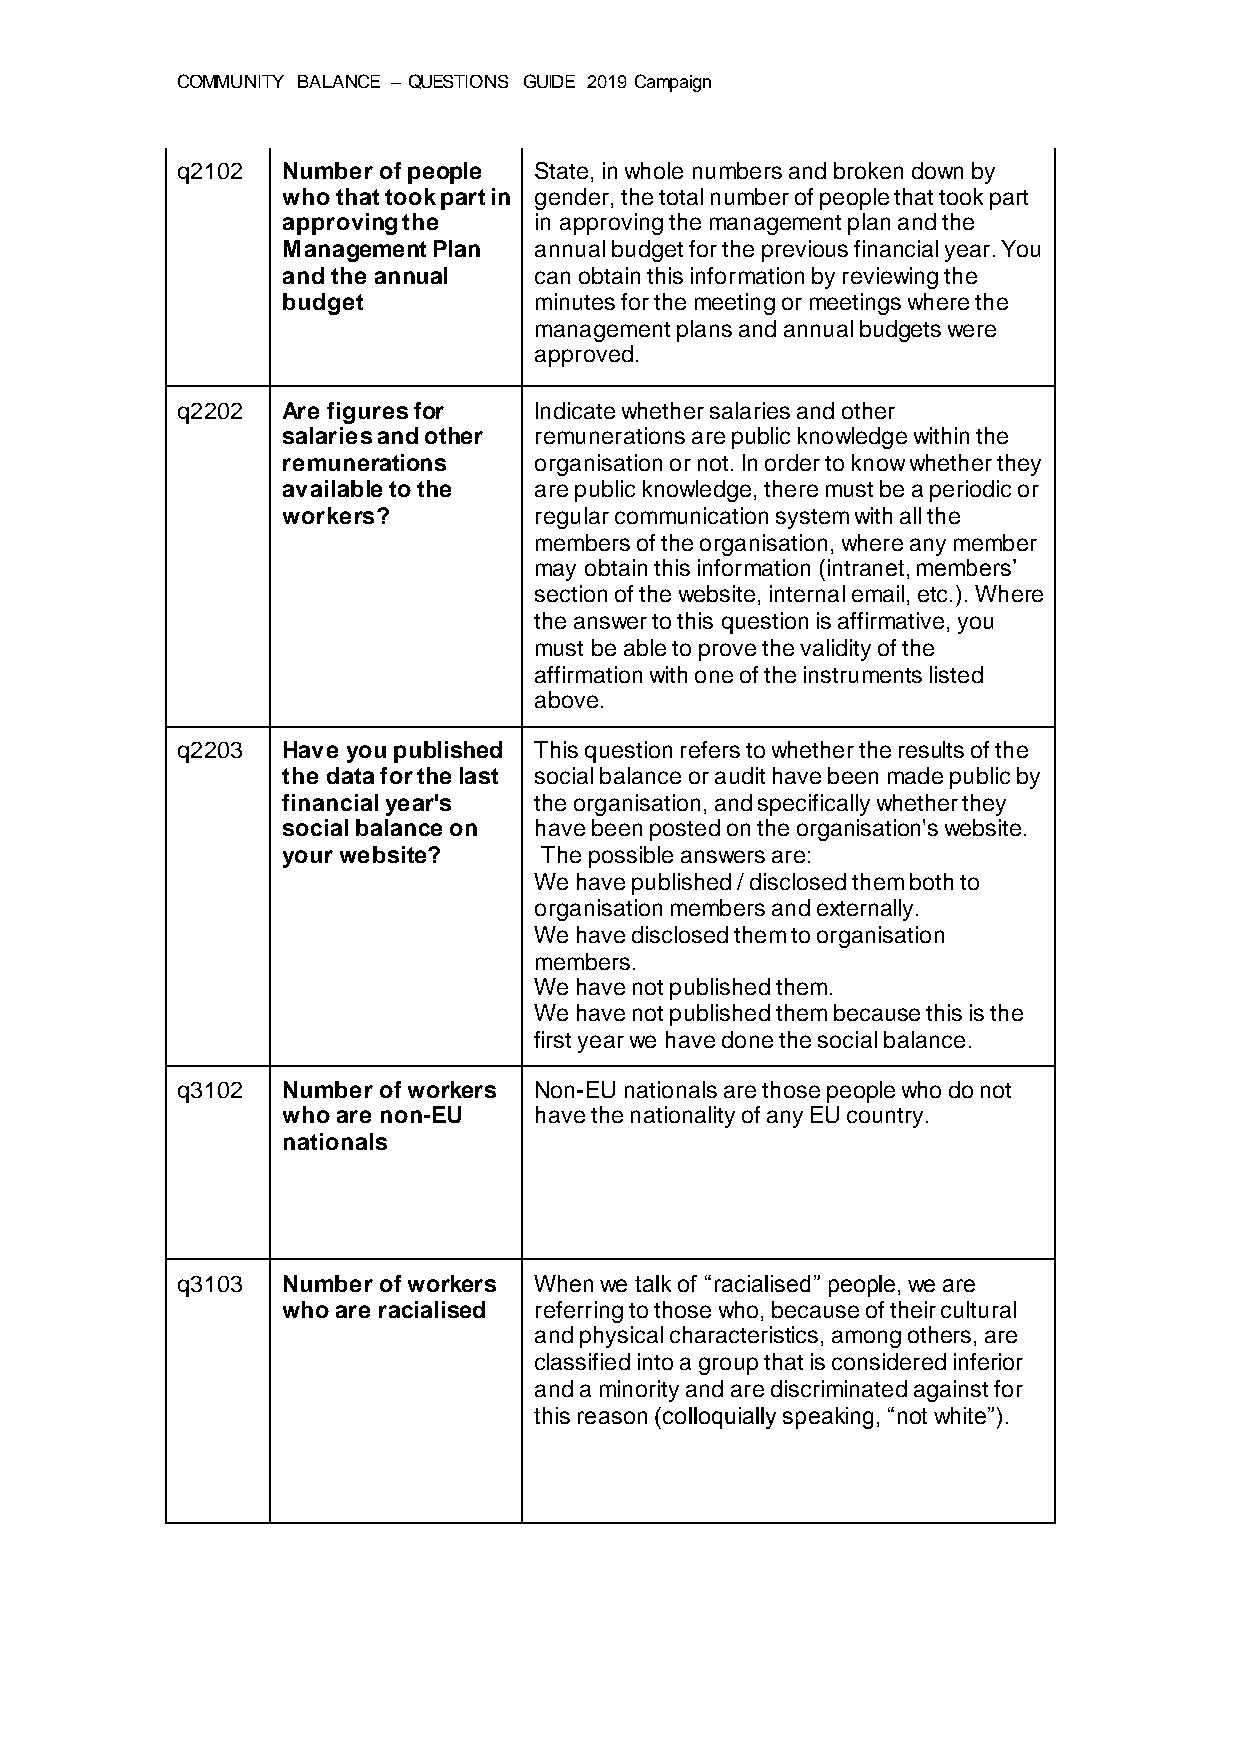
COMMUNITY BALANCE – QUESTIONS GUIDE 2019 Campaign
 q2102  Number of people State, in whole numbers and broken down by
 who that took part in gender, the total number of people that took part
 approving the   in approving the management plan and the
 Management Plan annual budget for the previous financial year. You
 and the annual  can obtain this information by reviewing the
 budget          minutes for the meeting or meetings where the
 management plans and annual budgets were
 approved.
 q2202  Are figures for Indicate whether salaries and other
 salaries and other remunerations are public knowledge within the
 remunerations   organisation or not. In order to know whether they
 available to the are public knowledge, there must be a periodic or
 workers?        regular communication system with all the
 members of the organisation, where any member
 may obtain this information (intranet, members’
 section of the website, internal email, etc.). Where
 the answer to this question is affirmative, you
 must be able to prove the validity of the
 affirmation with one of the instruments listed
 above.
 q2203  Have you published This question refers to whether the results of the
 the data for the last social balance or audit have been made public by
 financial year's the organisation, and specifically whether they
 social balance on have been posted on the organisation's website.
 your website?    The possible answers are:
 We have published / disclosed them both to
 organisation members and externally.
 We have disclosed them to organisation
 members.
 We have not published them.
 We have not published them because this is the
 first year we have done the social balance.
 q3102  Number of workers Non-EU nationals are those people who do not
 who are non-EU  have the nationality of any EU country.
 nationals
 q3103  Number of workers When we talk of “racialised” people, we are
 who are racialised referring to those who, because of their cultural
 and physical characteristics, among others, are
 classified into a group that is considered inferior
 and a minority and are discriminated against for
 this reason (colloquially speaking, “not white”).